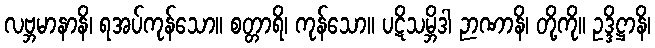
လဗ္ဘမာနာနိ၊ ရအပ်ကုန်သော။ စတ္တာရိ၊ ကုန်သော။ ပဋိသမ္ဘိဒါ ဉာဏာနိ၊ တို့ကို။ ဥဒ္ဒိဋ္ဌာနိ၊